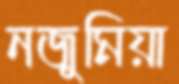
নজুমিয়া